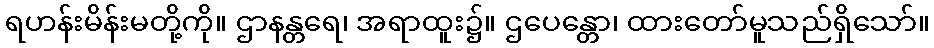
ရဟန်းမိန်းမတို့ကို။ ဌာနန္တရေ၊ အရာထူး၌။ ဌပေန္တော၊ ထားတော်မူသည်ရှိသော်။